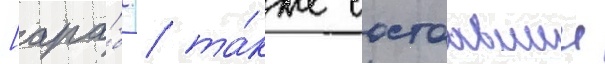
[ара́б. / та́кже состоавшии